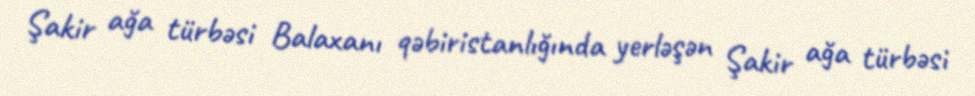
Şakir ağa türbəsi Balaxanı qəbiristanlığında yerləşən Şakir ağa türbəsi